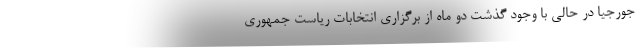
جورجیا در حالی با وجود گذشت دو ماه از برگزاری انتخابات ریاست جمهوری